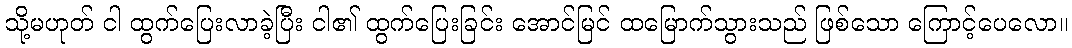
သို့မဟုတ် ငါ ထွက်ပြေးလာခဲ့ပြီး ငါ၏ ထွက်ပြေးခြင်း အောင်မြင် ထမြောက်သွားသည် ဖြစ်သော ကြောင့်ပေလော။